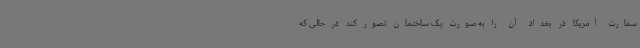
سفارت آمریکا در بغداد آن را به صورت یک ساختمان تصور کند در حالی که